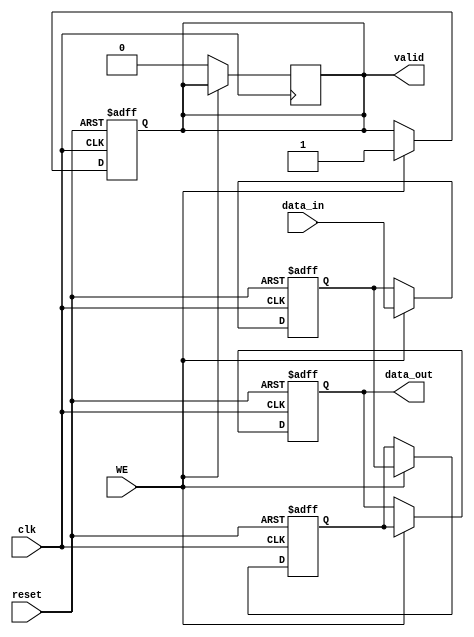
module PipelineBuffer #(parameter N = 8, parameter DEPTH = 2) (
    input wire clk,           // Clock signal
    input wire reset,         // Asynchronous reset signal
    input wire WE,            // Write enable signal
    input wire [N-1:0] data_in,  // Input data
    output reg [N-1:0] data_out, // Output data
    output reg valid          // Valid signal for output data
);

    // Internal storage for the pipeline buffer
    reg [N-1:0] buffer [0:DEPTH-1];
    integer i;

    // Asynchronous reset and data loading process
    always @(posedge clk or posedge reset) begin
        if (reset) begin
            data_out <= 0;
            valid <= 0;
            // Clear the buffer
            for (i = 0; i < DEPTH; i = i + 1) begin
                buffer[i] <= 0;
            end
        end else if (WE) begin
            // Shift data in the buffer
            buffer[0] <= data_in; // Load new data
            for (i = 1; i < DEPTH; i = i + 1) begin
                buffer[i] <= buffer[i-1]; // Shift data through the pipeline
            end
            data_out <= buffer[DEPTH-1]; // Output the last stage
            valid <= 1; // Set valid signal
        end
    end
    
    // Deassert valid signal if no write is occurring
    always @(negedge clk) begin
        if (!WE) begin
            valid <= 0;
        end
    end

endmodule